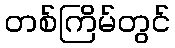
တစ်ကြိမ်တွင်